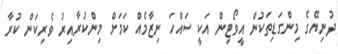
ދުނިޔޭގެ މިންގަޑިތަކުން އީވޯޓިން އަކީ ސައްހަ ނިޒާމެއް ކަމަށް މިންކުރާއިރު ވެރިކަން ކުރާ